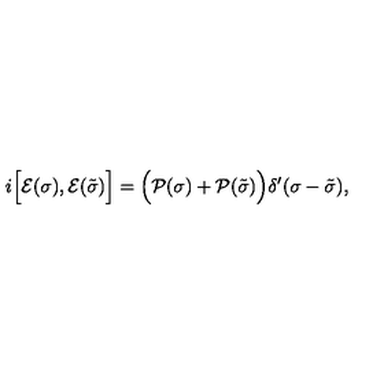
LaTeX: i \Bigl [ { \cal E } ( \sigma ) , { \cal E } ( \tilde { \sigma } ) \Bigr ] = \Bigl ( { \cal P } ( \sigma ) + { \cal P } ( \tilde { \sigma } ) \Bigr ) \delta ^ { \prime } ( \sigma - \tilde { \sigma } ) ,